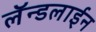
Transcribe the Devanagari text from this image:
लॅन्डलाईन